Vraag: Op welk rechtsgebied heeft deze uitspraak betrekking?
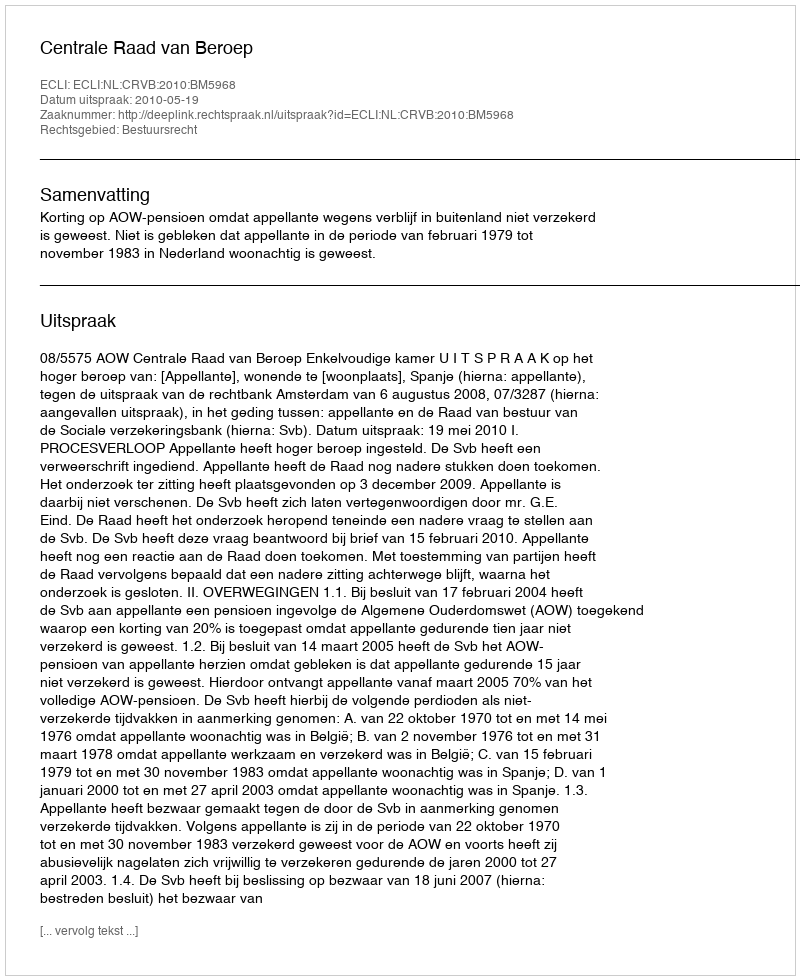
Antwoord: Bestuursrecht